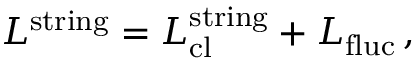
L ^ { \mathrm { s t r i n g } } = L _ { \mathrm { c l } } ^ { \mathrm { s t r i n g } } + L _ { \mathrm { f l u c } } \, ,